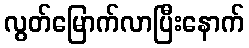
လွတ်မြောက်လာပြီးနောက်